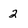
Character: 2